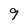
Character: 9